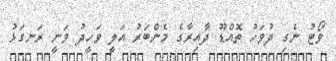
ވޯޓު ނެގި ދުވަހު ތޮއްޑޫ ދާއިރާގެ މެންބަރު އަލީ ވަހީދު ވަނީ ރަނގަޅު